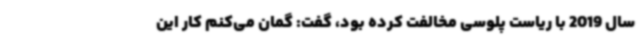
سال 2019 با ریاست پلوسی مخالفت کرده بود، گفت: گمان می‌کنم کار این